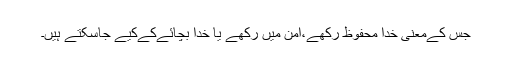
جس کےمعنی خدا محفوظ رکھے،امن میں رکھے یا خدا بچائےکےکیے جاسکتے ہیں۔